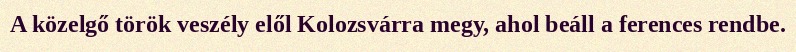
A közelgő török veszély elől Kolozsvárra megy, ahol beáll a ferences rendbe.